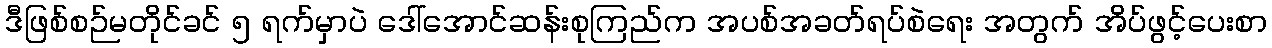
ဒီဖြစ်စဉ်မတိုင်ခင် ၅ ရက်မှာပဲ ဒေါ်အောင်ဆန်းစုကြည်က အပစ်အခတ်ရပ်စဲရေး အတွက် အိပ်ဖွင့်ပေးစာ